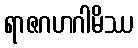
ရာဇဂဟဂါမိဿ